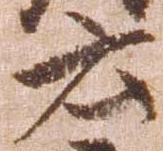
云